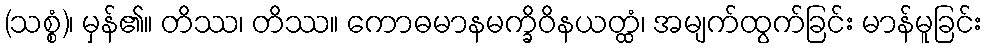
(သစ္စံ)၊ မှန်၏။ တိဿ၊ တိဿ။ ကောဓမာနမက္ခိဝိနယတ္ထံ၊ အမျက်ထွက်ခြင်း မာန်မူခြင်း